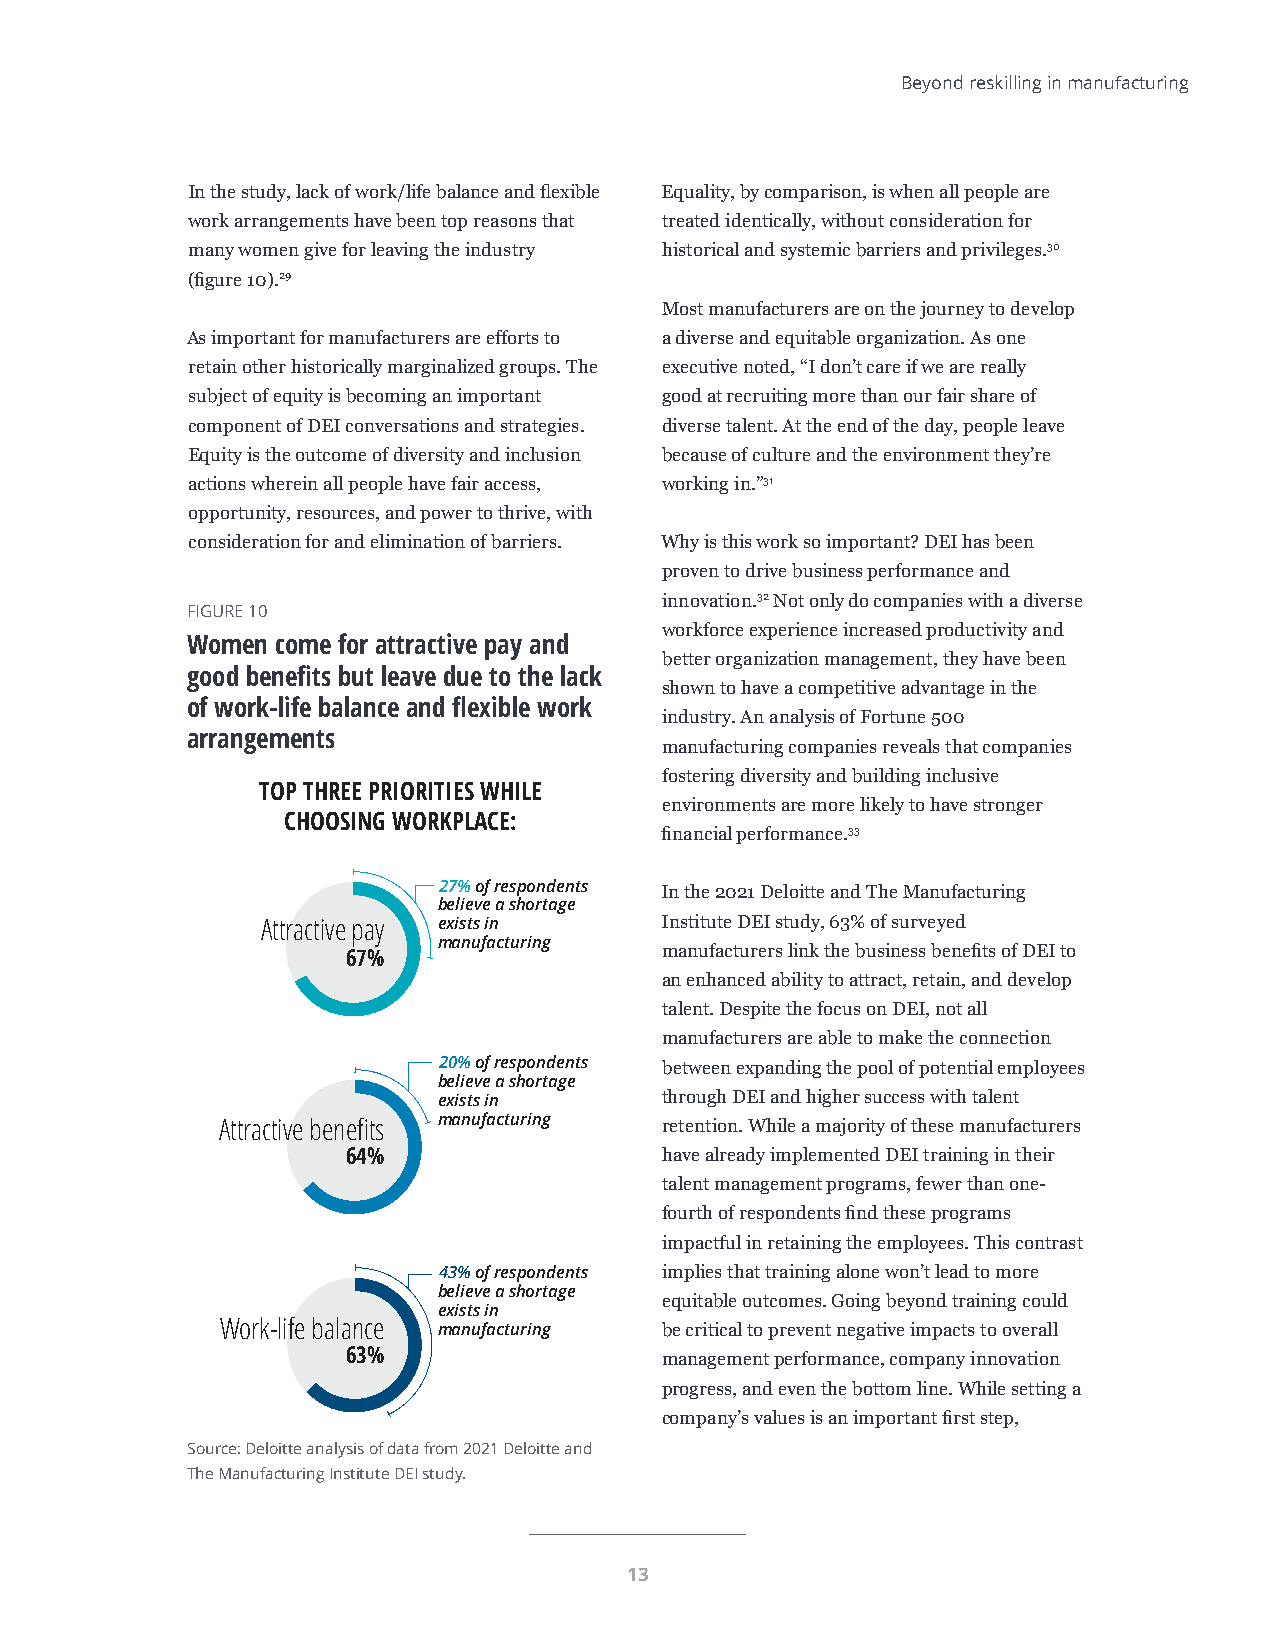
Beyond reskilling in manufacturing
 In the study, lack of work/life balance and flexible Equality, by comparison, is when all people are
 work arrangements have been top reasons that treated identically, without consideration for
 many women give for leaving the industry historical and systemic barriers and privileges.30
 (figure 10).29
 Most manufacturers are on the journey to develop
 As important for manufacturers are efforts to a diverse and equitable organization. As one
 retain other historically marginalized groups. The executive noted, “I don’t care if we are really
 subject of equity is becoming an important good at recruiting more than our fair share of
 component of DEI conversations and strategies. diverse talent. At the end of the day, people leave
 Equity is the outcome of diversity and inclusion because of culture and the environment they’re
 actions wherein all people have fair access, working in.”31
 opportunity, resources, and power to thrive, with
 consideration for and elimination of barriers. Why is this work so important? DEI has been
 proven to drive business performance and
 innovation.32 Not only do companies with a diverse
 FIGURE 10
 workforce experience increased productivity and
 Women come for attractive pay and
 better organization management, they have been
 good benefits but leave due to the lack
 shown to have a competitive advantage in the
 of work-life balance and flexible work
 industry. An analysis of Fortune 500
 arrangements
 manufacturing companies reveals that companies
 fostering diversity and building inclusive
 TOP THREE PRIORITIES WHILE
 environments are more likely to have stronger
 CHOOSING WORKPLACE:
 financial performance.33
 27% of respondents In the 2021 Deloitte and The Manufacturing
 believe a shortage
 Attractive pay exists in   Institute DEI study, 63% of surveyed
 manufacturing
 67%                  manufacturers link the business benefits of DEI to
 an enhanced ability to attract, retain, and develop
 talent. Despite the focus on DEI, not all
 manufacturers are able to make the connection
 20% of respondents between expanding the pool of potential employees
 believe a shortage
 exists in      through DEI and higher success with talent
 Attractive benefits manufacturing retention. While a majority of these manufacturers
 64%                  have already implemented DEI training in their
 talent management programs, fewer than one-
 fourth of respondents find these programs
 impactful in retaining the employees. This contrast
 43% of respondents implies that training alone won’t lead to more
 believe a shortage
 equitable outcomes. Going beyond training could
 exists in
 Work-life balance manufacturing be critical to prevent negative impacts to overall
 63%                  management performance, company innovation
 progress, and even the bottom line. While setting a
 company’s values is an important first step,
 Source: Deloitte analysis of data from 2021 Deloitte and
 The Manufacturing Institute DEI study.
 Deloitte Insights | deloitte.com/insights
 13